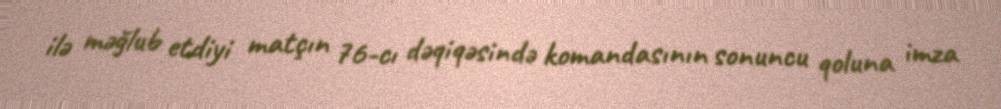
ilə məğlub etdiyi matçın 76-cı dəqiqəsində komandasının sonuncu qoluna imza